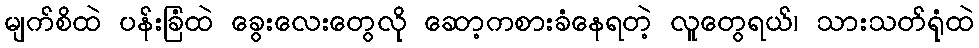
မျက်စိထဲ ပန်းခြံထဲ ခွေးလေးတွေလို ဆော့ကစားခံနေရတဲ့ လူတွေရယ်၊ သားသတ်ရုံထဲ